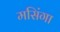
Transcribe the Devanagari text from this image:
मसिंगा